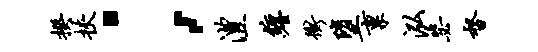
揆挟；澧缠冲堕禀泓毖督